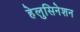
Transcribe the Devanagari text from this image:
हेलुसिनेशन